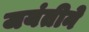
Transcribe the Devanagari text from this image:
जयंतीने